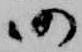
仍